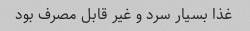
غذا بسیار سرد و غیر قابل مصرف بود